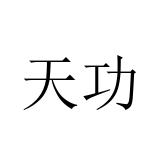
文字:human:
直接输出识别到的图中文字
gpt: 天功